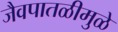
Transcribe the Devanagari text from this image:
जैवपातळीमुळे